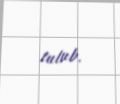
tutub.